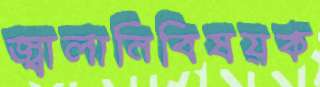
জ্বালানিবিষয়ক